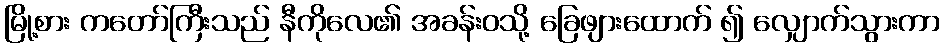
မြို့စား ကတော်ကြီးသည် နီကိုလေ၏ အခန်းဝသို့ ခြေဖျားထောက် ၍ လျှောက်သွားကာ